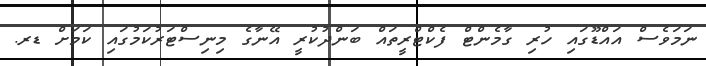
ނަމަވެސް އައްޑޫގައި ހުރި ގާމެންޓް ފެކްޓްރީތައް ބަންދުކުރީ އޭނާގެ މިނިސްޓަރުކަމުގައި ކަމަށް ޑރ.